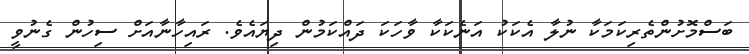
ބަސްމޮށުންތެރިކަމަކާ ނުލާ އެކަކު އަނެކަކާ ވާހަކަ ދައްކަމުން ދިޔައެވެ. ރައިހާނާއަށް ސިހުން ގެނުވީ